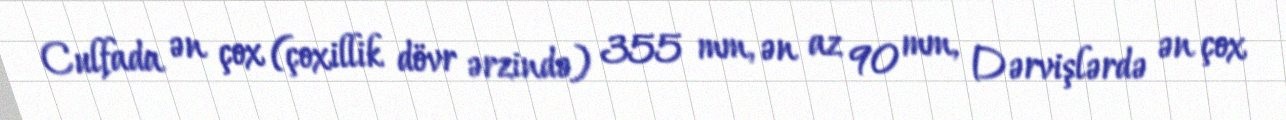
Culfada ən çox (çoxillik dövr ərzində) 355 mm, ən az 90 mm, Dərvişlərdə ən çox